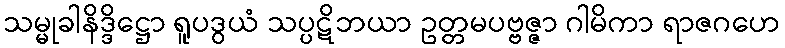
သမ္မုခါနိဒ္ဒိဋ္ဌော ရူပဒွယံ သပ္ပဋိဘယာ ဥတ္တမပဗ္ဗဇ္ဇာ ဂါမိကာ ရာဇဂဟေ